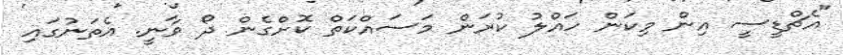
"އެޗްޑީސީ އިން މިކަން ހައްލު ކުރަން މަސައްކަތް ކޮށްގެން ދޯ ވާނީ. އެތަނުގައި